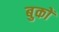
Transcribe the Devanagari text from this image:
बुकों